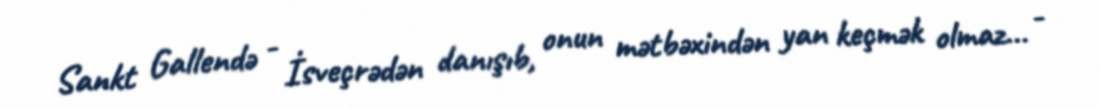
Sankt Gallendə - İsveçrədən danışıb, onun mətbəxindən yan keçmək olmaz... -